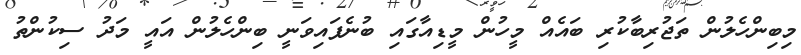
މިބިންހެލުން ތަޖުރިބާކުރި ބައެއް މީހުން މީޑިއާގައި ބުނެފައިވަނީ ބިންހެލުން އައީ މަދު ސިކުންތު